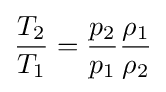
{\frac {T_{2}}{T_{1}}}={\frac {p_{2}}{p_{1}}}{\frac {\rho _{1}}{\rho _{2}}}